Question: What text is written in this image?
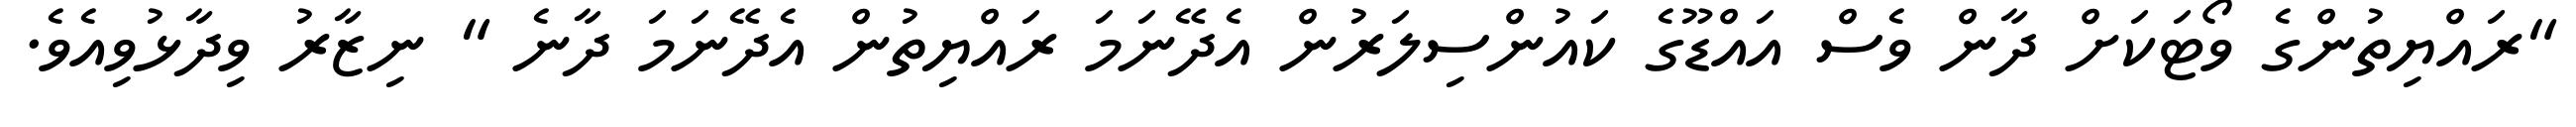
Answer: "ރައްޔިތުންގެ ވޯޓަކަށް ދާން ވެސް އައްޑޫގެ ކައުންސިލަރުން އެދޭނަމަ ރައްޔިތުން އެދޭނަމަ ދާނެ " ނިޒާރު ވިދާޅުވިއެވެ.